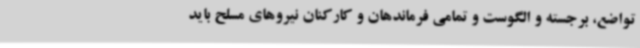
تواضع، برجسته و الگوست و تمامی فرماندهان و کارکنان نیروهای مسلح باید